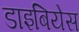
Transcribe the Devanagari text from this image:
डाइबियेस